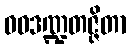
ဝဓဒဏ္ဍတဇ္ဇိတာ